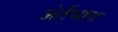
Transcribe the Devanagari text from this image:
अंर्तभाग